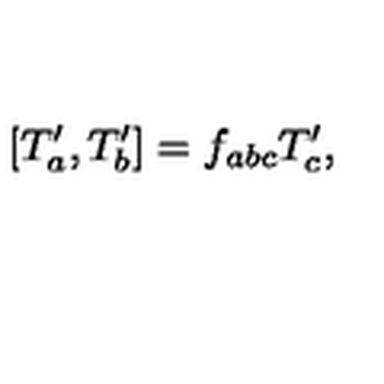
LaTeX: \lbrack T _ { a } ^ { \prime } , T _ { b } ^ { \prime } ] = f _ { a b c } T _ { c } ^ { \prime } ,